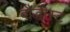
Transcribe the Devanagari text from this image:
बौद्धीस्ट